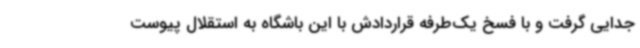
جدایی گرفت و با فسخ یک‌طرفه قراردادش با این باشگاه به استقلال پیوست